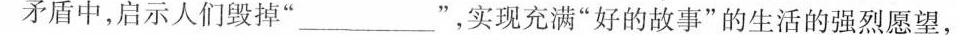
矛盾中，启示人们毁掉”___”，实现充满”好的故事”的生活的强烈愿望，